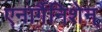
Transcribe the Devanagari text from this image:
एनार्गैनिशेन्